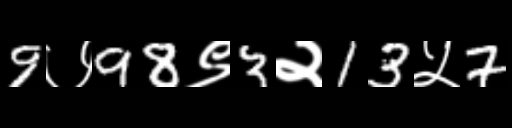
Text: 9७98९3२13५7